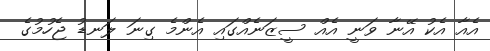
އެއާ އެކު އޭނާ ވަނީ އެއް ސީޒަނެއްގައި އެންމެ ގިނަ ލަނޑު ޖެހުމުގެ